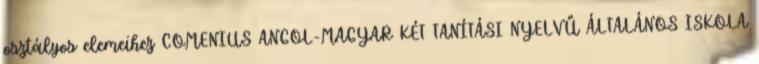
osztályos elemeihez COMENIUS ANGOL-MAGYAR KÉT TANÍTÁSI NYELVŰ ÁLTALÁNOS ISKOLA